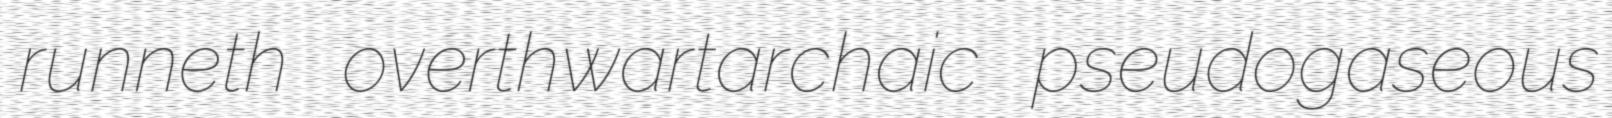
runneth overthwartarchaic pseudogaseous